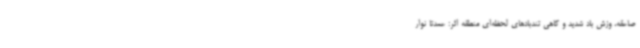
صاعقه، وزش باد شدید و گاهی تندبادهای لحظه‌ای منطقه اثر: عمدتاً نوار